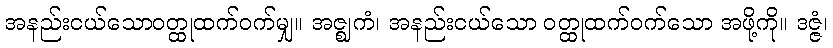
အနည်းငယ်သောဝတ္ထုထက်ဝက်မျှ။ အဇ္ဈကံ၊ အနည်းငယ်သော ဝတ္ထုထက်ဝက်သော အဖို့ကို။ ဒဇ္ဇံ၊